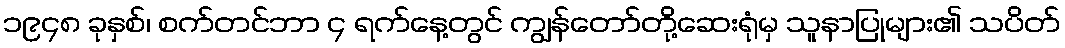
၁၉၄၈ ခုနှစ်၊ စက်တင်ဘာ ၄ ရက်နေ့တွင် ကျွန်တော်တို့ဆေးရုံမှ သူနာပြုများ၏ သပိတ်